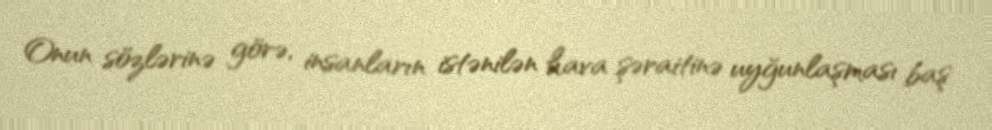
Onun sözlərinə görə, insanların istənilən hava şəraitinə uyğunlaşması baş